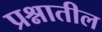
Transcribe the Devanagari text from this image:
प्रश्नातील